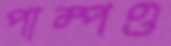
পাম্পও